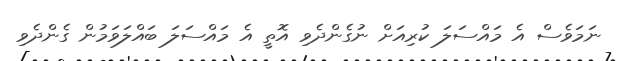
ނަމަވެސް އެ މައްސަލަ ކުރިއަށް ނުގެންދެވި އޮތީ އެ މައްސަލަ ބައްލަވަމުން ގެންދެވި